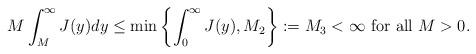
LaTeX: \begin{align*}M\int_M^\infty J(y)dy\leq \min\left\{\int_0^\infty J(y), M_2 \right\}:=M_3<\infty \mbox{ for all } M>0.\end{align*}